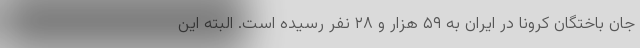
جان باختگان کرونا در ایران به ۵۹ هزار و ۲۸ نفر رسیده است. البته این